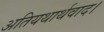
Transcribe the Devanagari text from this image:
अतियथार्थवाद।